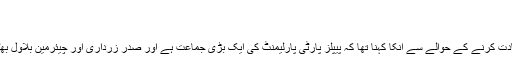
‘
بلاول بھٹو زرداری کی قیادت
پارٹی چیئرمین بلاول بھٹو زرداری کی قیادت کرنے کے حوالے سے انکا کہنا تھا کہ پیپلز پارٹی پارلیمنٹ کی ایک بڑی جماعت ہے اور صدر زرداری اور چیئرمین بلاول بھٹو کی قیادت میں تیزی آگے بڑھ رہی ہے۔